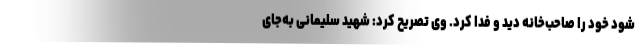
شود خود را صاحب‌خانه دید و فدا کرد. وی تصریح کرد: شهید سلیمانی به‌جای